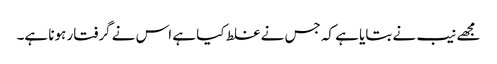
مجھے نیب نے بتایا ہے کہ جس نے غلط کیا ہے اس نے گرفتار ہونا ہے۔